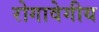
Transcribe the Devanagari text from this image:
रोगावेगीय